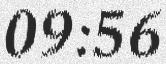
09:56